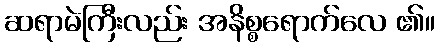
ဆရာမဲကြီးလည်း အနိစ္စရောက်လေ ၏။